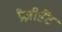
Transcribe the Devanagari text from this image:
प्रैज़ीडैंट